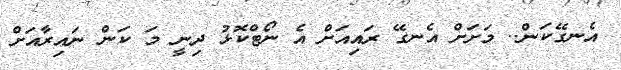
އެނގޭކަން.. މަށަށް އެނގޭ ރައިއަށް އެ ނޯޓްކޮޅު ދިނީ މަ ކަން ނައިރާއަށް